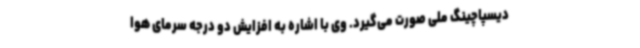
دیسپاچینگ ملی صورت می‌گیرد. وی با اشاره به افزایش دو درجه سرمای هوا